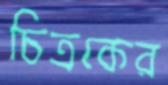
চিত্রকের